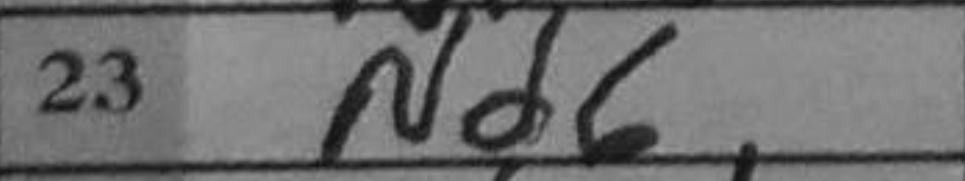
Transcription: Nd6